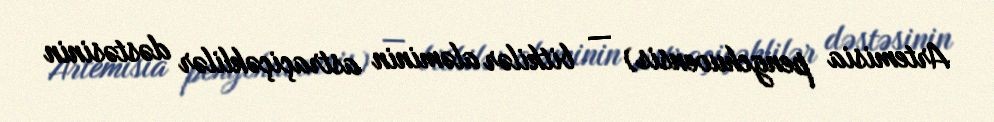
Artemisia pengchuoensis) — bitkilər aləminin astraçiçəklilər dəstəsinin